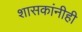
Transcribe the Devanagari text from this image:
शासकांनीही